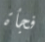
فجأة